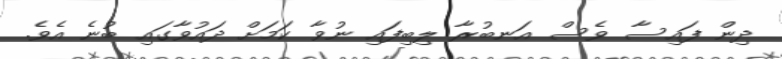
ދިން ފައިސާ ވެސް އަނބުރާ ލިބިފައި ނުވާ ކަމަށް ދައުވާގައި ބުނެ އެވެ.